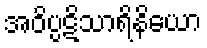
အဝိပ္ပဋိသာရိနိယော